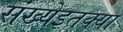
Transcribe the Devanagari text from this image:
संख्येइतक्या